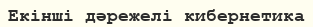
Екінші дәрежелі кибернетика